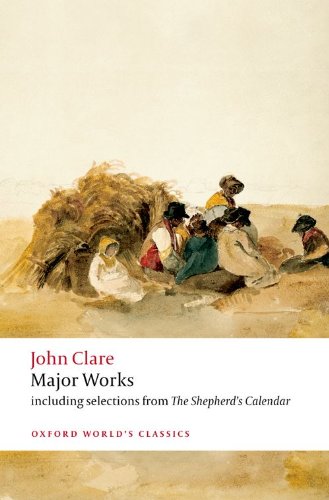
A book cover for Major Works (Oxford World's Classics); John Clare; Literature & Fiction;